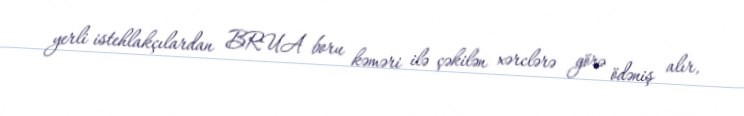
yerli istehlakçılardan BRUA boru kəməri ilə çəkilən xərclərə görə ödəniş alır,